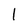
Character: l